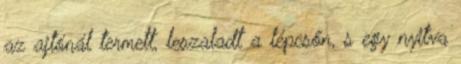
az ajtónál termett, leszaladt a lépcsőn, s egy nyitva